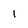
Character: 1